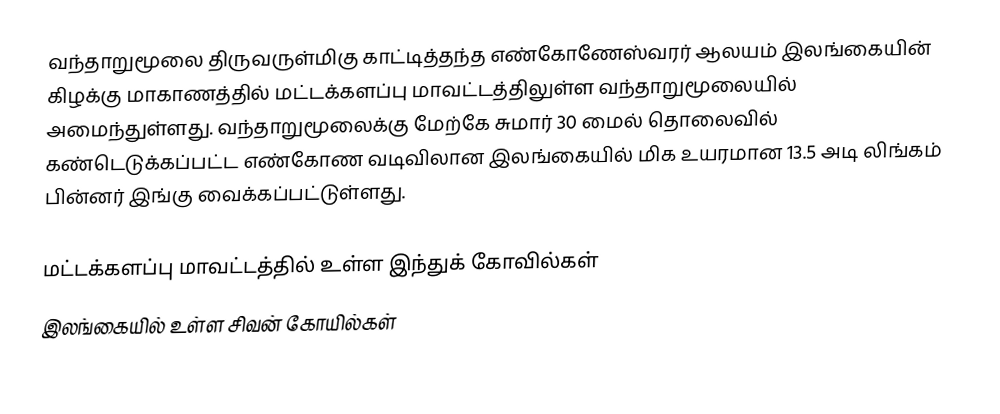
வந்தாறுமூலை  திருவருள்மிகு காட்டித்தந்த எண்கோணேஸ்வரர் ஆலயம் இலங்கையின்  கிழக்கு மாகாணத்தில் மட்டக்களப்பு மாவட்டத்திலுள்ள வந்தாறுமூலையில் அமைந்துள்ளது. வந்தாறுமூலைக்கு மேற்கே சுமார் 30 மைல் தொலைவில் கண்டெடுக்கப்பட்ட  எண்கோண வடிவிலான  இலங்கையில் மிக உயரமான 13.5  அடி லிங்கம் பின்னர் இங்கு வைக்கப்பட்டுள்ளது.

மட்டக்களப்பு மாவட்டத்தில் உள்ள இந்துக் கோவில்கள்
இலங்கையில் உள்ள சிவன் கோயில்கள்